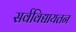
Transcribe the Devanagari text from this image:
सर्वविद्यायतन